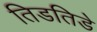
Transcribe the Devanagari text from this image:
तिडतिडे